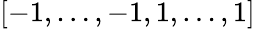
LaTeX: [-1,\ldots,-1,1,\ldots,1]